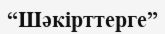
“Шәкірттерге”